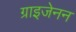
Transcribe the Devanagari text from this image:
ग्राइजेनन